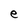
Character: e